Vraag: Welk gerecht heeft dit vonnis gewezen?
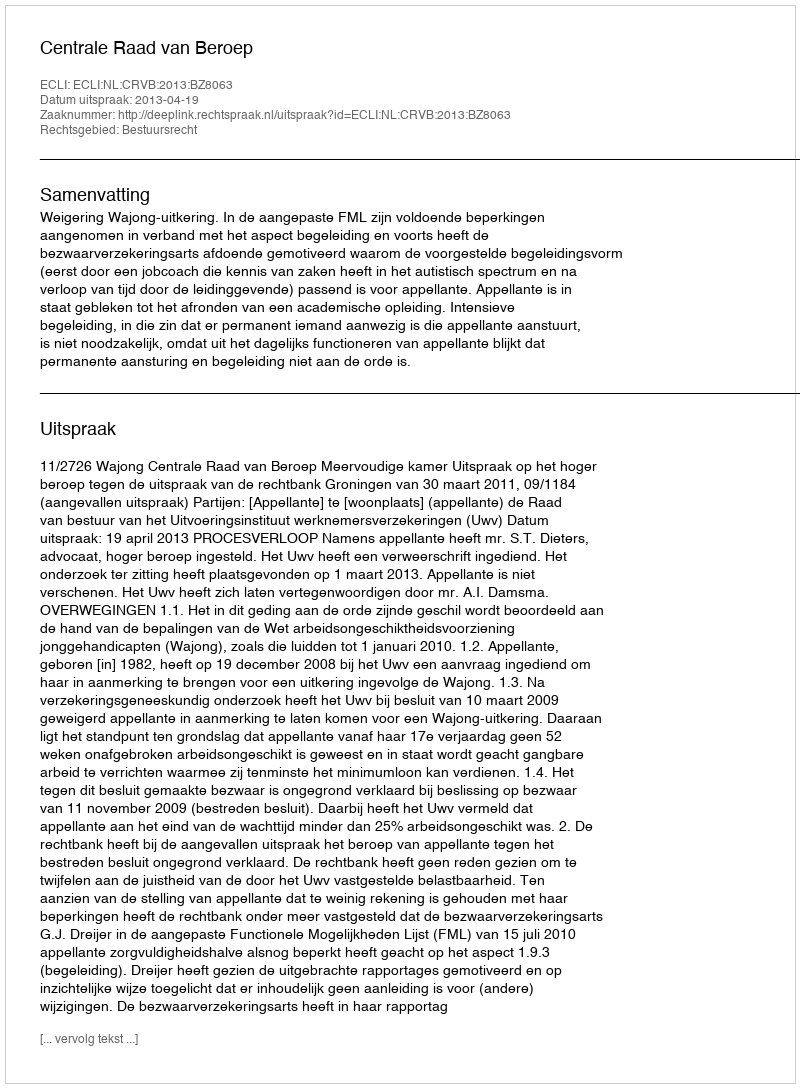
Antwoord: Centrale Raad van Beroep